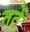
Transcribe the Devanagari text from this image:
तटें